Report on certain features of malaria in the island of Salsette
Disease focus: Malaria
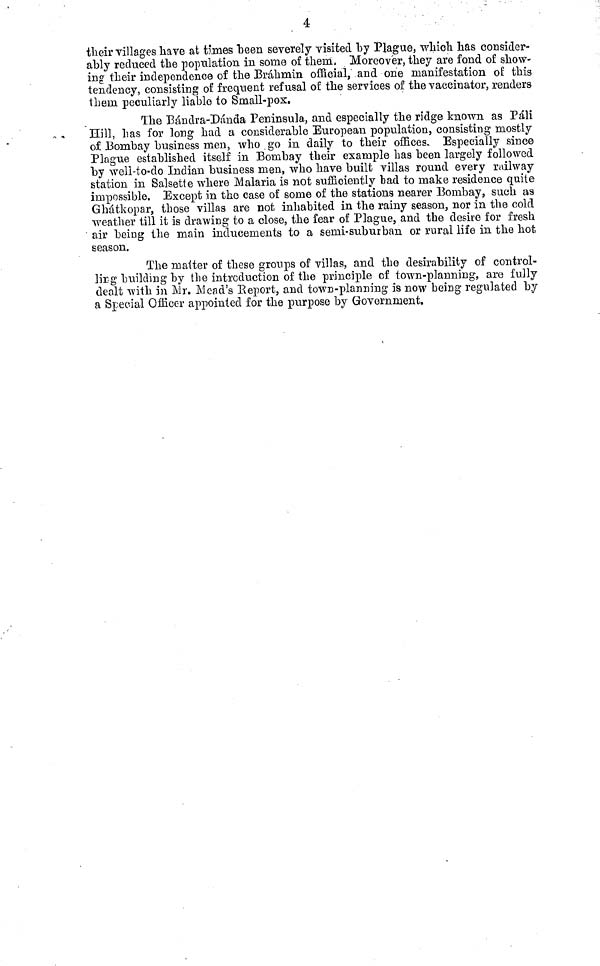
4
their villages have at times been severely visited by Plague, which has consider-
ably reduced the population in some of them. Moreover, they are fond of show-
ing their independence of the Brahmin official, and one manifestation of this
tendency, consisting of frequent refusal of the services of the vaccinator, renders
them peculiarly liable to Small-pox.
The Bándra-Dánda Peninsula, and especially the ridge known as Pali
Hill, has for long had a considerable European population, consisting mostly
of Bombay business men, who go in daily to their offices.. Especially since
Plague established itself in Bombay their example has been largely followed
by well-to-do Indian business men, who have built villas round every railway
station in Salsette where Malaria is not sufficiently bad to make residence quit©
impossible. Except in the case of some of the stations nearer Bombay, such as
Ghátkopar, those villas are Dot inhabited in the rainy season, nor in the cold
weather till it is drawing to a close, the fear of Plague, and the desire for fresh
air being the main inducements to a semi-suburban or rural life in the hot
season.
The matter of these groups of villas, and the desirability of control-
ling building by the introduction of the principle of town-planning, are fully
dealt with in Mr. Mead's Report, and town-planning is now being regulated by
a Special Officer appointed for the purpose by Government.